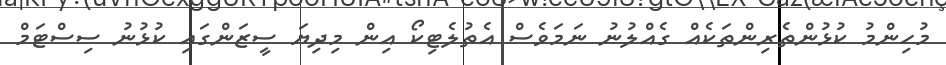
މުހިންމު ކުޅުންތެރިންތަކެއް ގެއްލުނު ނަމަވެސް އެތުލެޓިކޯ އިން މިދިޔަ ސީޒަންގައި ކުޅުނު ސިސްޓަމް